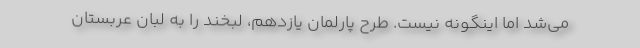
می‌شد اما اینگونه نیست. طرح پارلمان یازدهم، لبخند را به لبان عربستان